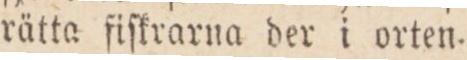
rätta fiſkrarna der i orten.